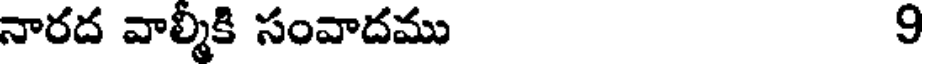
నారద వాల్మీకి సంవాదము 9